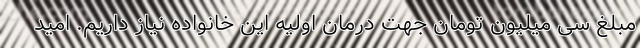
مبلغ سی میلیون تومان جهت درمان اولیه این خانواده نیاز داریم. امید